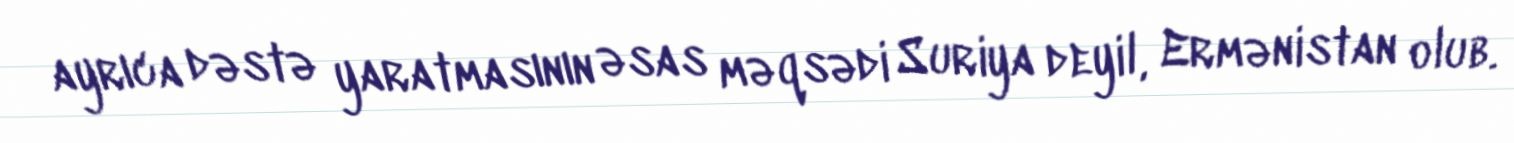
ayrıca dəstə yaratmasının əsas məqsədi Suriya deyil, Ermənistan olub.